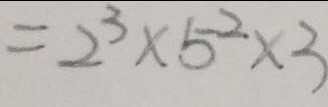
= 2 ^ { 3 } \times 5 ^ { 2 } \times 3